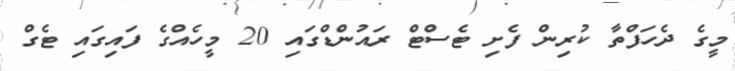
މީގެ ދެހަފްތާ ކުރިން ފެށި ޓެސްޓް ރައުންޑްގައި 20 މީހެއްގެ ފައިގައި ޓެގް